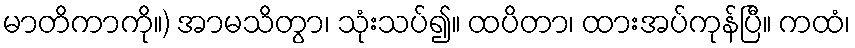
မာတိကာကို။) အာမသိတွာ၊ သုံးသပ်၍။ ထပိတာ၊ ထားအပ်ကုန်ပြီ။ ကထံ၊